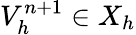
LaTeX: V_{h}^{n+1}\in X_{h}